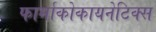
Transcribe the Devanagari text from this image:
फार्माकोकायनेटिक्स